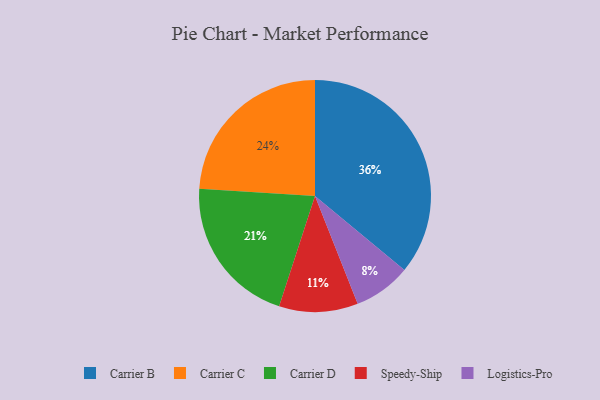
{"axis": {"x": "Category", "y": "Percentage"}, "legend": ["Carrier B", "Carrier C", "Carrier D", "Logistics-Pro", "Speedy-Ship"], "data": [{"x": "Carrier C", "y": 24, "type": "Carrier C"}, {"x": "Carrier B", "y": 36, "type": "Carrier B"}, {"x": "Carrier D", "y": 21, "type": "Carrier D"}, {"x": "Logistics-Pro", "y": 8, "type": "Logistics-Pro"}, {"x": "Speedy-Ship", "y": 11, "type": "Speedy-Ship"}]}